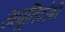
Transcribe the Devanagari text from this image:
अपूतिदोषी